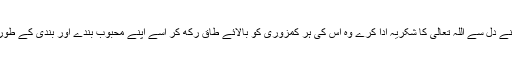
ایسے میں جو بندہ اپنے دل سے اللہ تعالیٰ کا شکریہ ادا کرے وہ اس کی ہر کمزوری کو بالائے طاق رکھ کر اسے اپنے محبوب بندے اور بندی کے طور پر یاد رکھتے ہیں۔